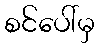
စင်ပေါ်မှ